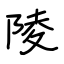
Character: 陵